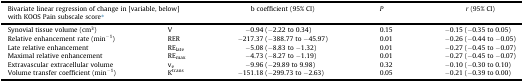
<table><thead><tr><td colspan="2"><b>Bivariate linear regression of change in [variable, below] with KOOS Pain subscale score∗</b></td><td><b>b coefficient (95% CI)</b></td><td><b><i>P</i></b></td><td><b><i>r</i> (95% CI)</b></td></tr></thead><tbody><tr><td>Synovial tissue volume (cm<sup>3</sup>)</td><td>V</td><td>−0.94 (−2.22 to 0.34)</td><td>0.15</td><td>−0.15 (−0.35 to 0.05)</td></tr><tr><td>Relative enhancement rate (min<sup>−1</sup>)</td><td>RER</td><td>−217.37 (−388.77 to −45.97)</td><td>0.01</td><td>−0.26 (−0.44 to −0.05)</td></tr><tr><td>Late relative enhancement</td><td>RE<sub>late</sub></td><td>−5.08 (−8.83 to −1.32)</td><td>0.01</td><td>−0.27 (−0.45 to −0.07)</td></tr><tr><td>Maximal relative enhancement</td><td>RE<sub>max</sub></td><td>−4.73 (−8.27 to −1.19)</td><td>0.01</td><td>−0.27 (−0.45 to −0.07)</td></tr><tr><td>Extravascular extracellular volume</td><td>v<sub>e</sub></td><td>−9.96 (−29.89 to 9.98)</td><td>0.32</td><td>−0.10 (−0.30 to 0.10)</td></tr><tr><td>Volume transfer coefficient (min<sup>−1</sup>)</td><td>K<sup>trans</sup></td><td>−151.18 (−299.73 to −2.63)</td><td>0.05</td><td>−0.21 (−0.39 to 0.00)</td></tr></tbody></table>